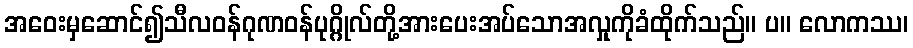
အဝေးမှဆောင်၍သီလဝန်ဂုဏဝန်ပုဂ္ဂိုလ်တို့အားပေးအပ်သောအလှုကိုခံထိုက်သည်။ ပ။ လောကဿ၊